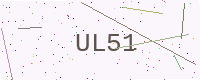
Text: UL51